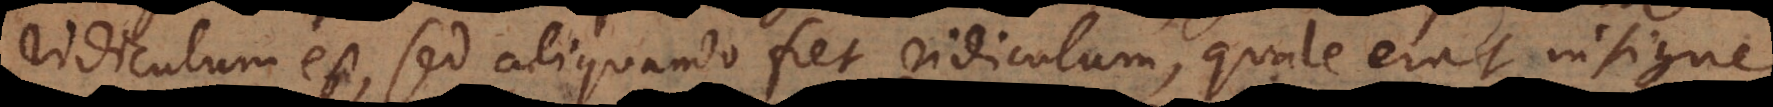
ridiculum est, sed aliquando fiet ridiculum, quale erat insigne